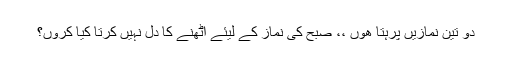
دو تین نمازیں پرہتا ھوں ،، صبح کی نماز کے لیئے اٹھنے کا دل نہیں کرتا کیا کروں؟